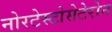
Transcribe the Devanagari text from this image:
नोरटेस्टोसेटेरोन